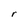
Character: r